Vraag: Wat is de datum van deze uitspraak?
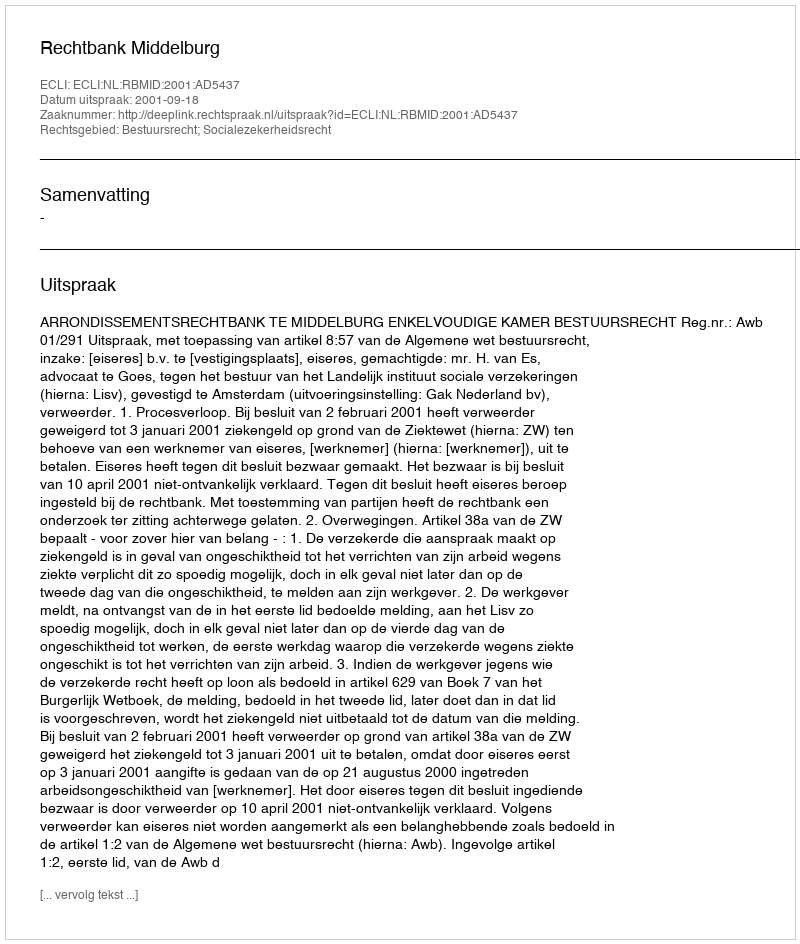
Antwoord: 2001-09-18